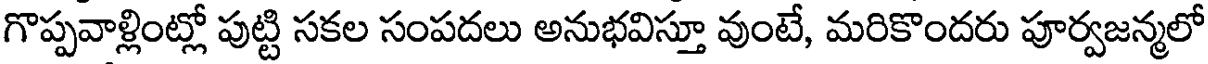
గొప్పవాళ్లింట్లో పుట్టి సకల సంపదలు అనుభవిస్తూ వుంటే, మరికొందరు పూర్వజన్మలో